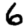
Digit: 6